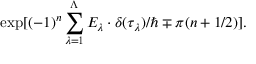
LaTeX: \exp [ ( - 1 ) ^ { n } \sum _ { \lambda = 1 } ^ { \Lambda } E _ { \lambda } \cdot \delta ( \tau _ { \lambda } ) / \hbar \mp \pi ( n + 1 / 2 ) ] .